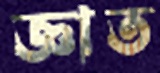
জ্ঞাত